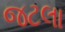
જટલા